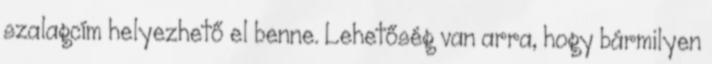
szalagcím helyezhető el benne. Lehetőség van arra, hogy bármilyen